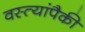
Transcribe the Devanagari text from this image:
वस्त्यांपैकी